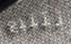
نتتبع